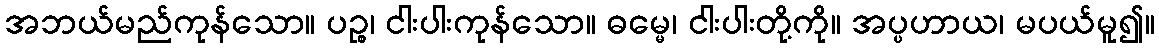
အဘယ်မည်ကုန်သော။ ပဉ္စ၊ ငါးပါးကုန်သော။ ဓမ္မေ၊ ငါးပါးတို့ကို။ အပ္ပဟာယ၊ မပယ်မူ၍။